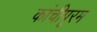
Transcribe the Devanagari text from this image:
कांचीपूरम